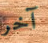
آخر